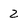
Character: 2